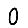
Digit: 0